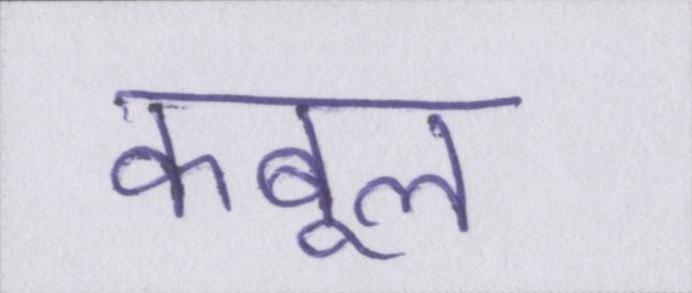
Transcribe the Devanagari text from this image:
कबूल